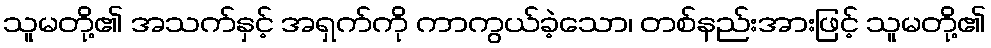
သူမတို့၏ အသက်နှင့် အရှက်ကို ကာကွယ်ခဲ့သော၊ တစ်နည်းအားဖြင့် သူမတို့၏